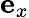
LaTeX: \mathbf{e}_{x}